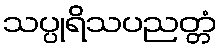
သပ္ပုရိသပညတ္တံ